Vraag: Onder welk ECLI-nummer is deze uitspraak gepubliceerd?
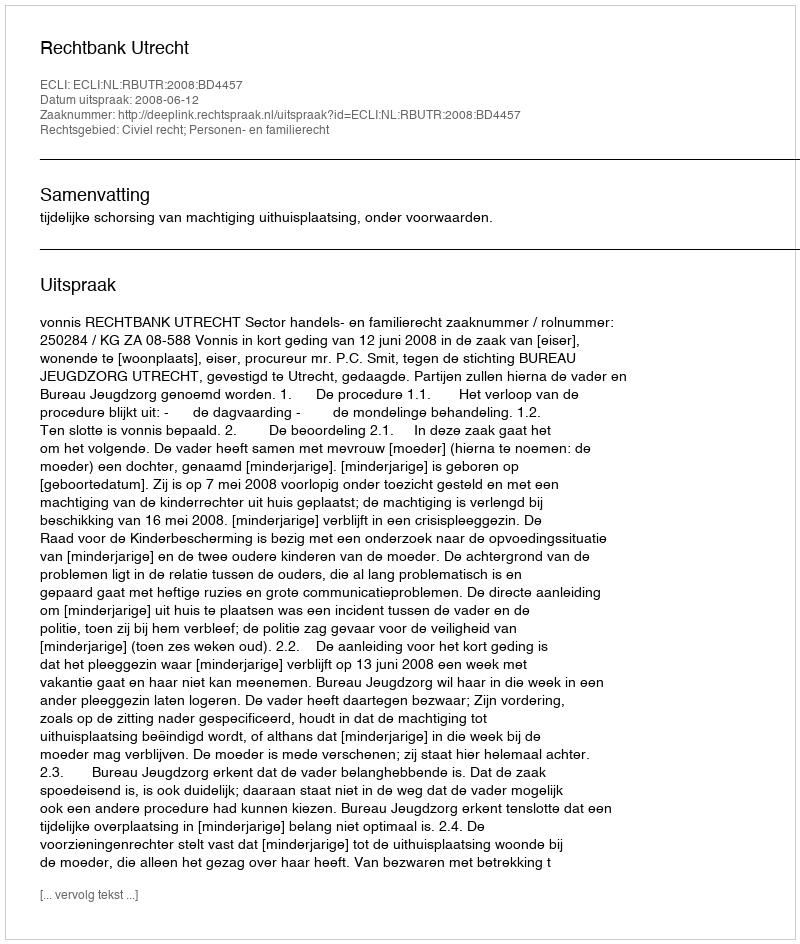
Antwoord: ECLI:NL:RBUTR:2008:BD4457